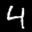
Label: 4